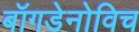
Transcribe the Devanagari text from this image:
बॉगडेनोविच